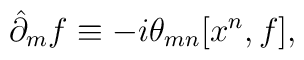
\hat\partial_m f \equiv - i \theta_{mn} [x^n, f],